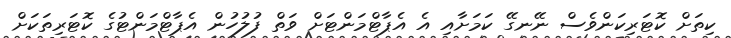
ކިތަށް ކޮޓަރިކަންވެސް ނޭނގޭ ކަމަށާއި އެ އެޕާޓްމަންޓަށް ވަތް ފުލުހުން އެޕާޓްމަންޓުގެ ކޮޓަރިތަކަށް